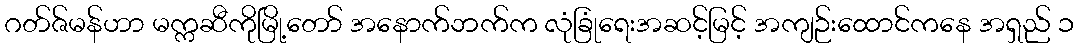
ဂတ်ဇ်မန်ဟာ မက္ကဆီကိုမြို့တော် အနောက်ဘက်က လုံခြုံရေးအဆင့်မြင့် အကျဉ်းထောင်ကနေ အရှည် ၁